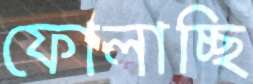
ফোলাচ্ছি